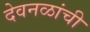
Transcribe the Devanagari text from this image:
देवनळांची